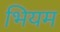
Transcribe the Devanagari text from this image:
भियम